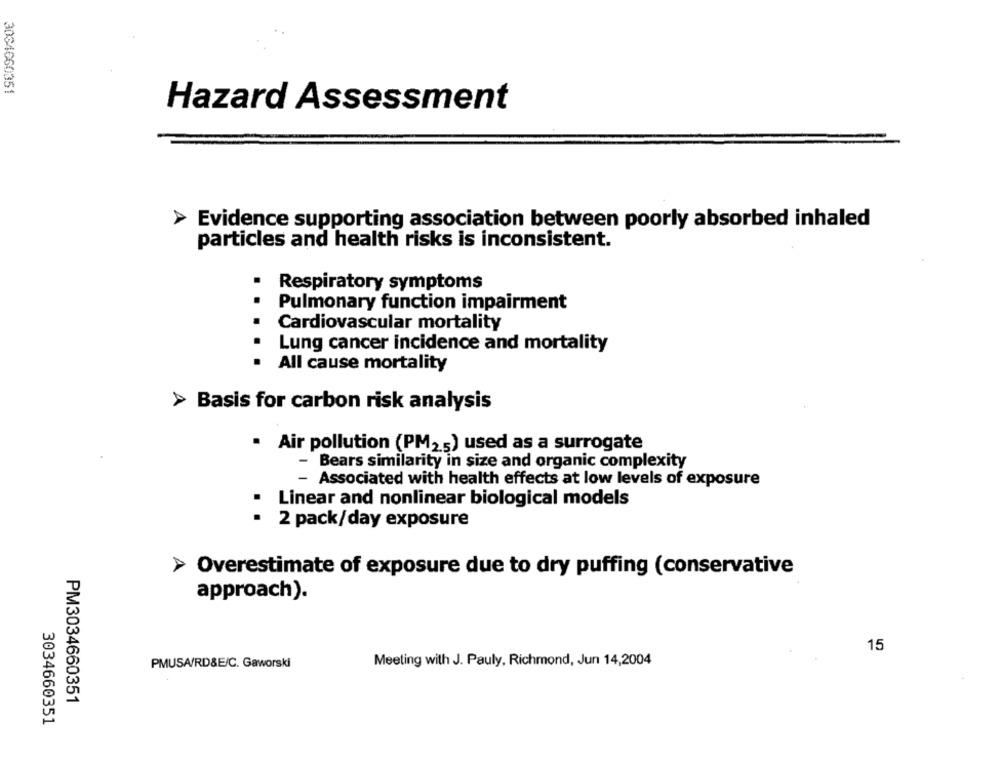
3034660351
Hazard Assessment
Evidence supporting association between poorly absorbed inhaled
particles and health risks is inconsistent.
.
Respiratory symptoms
Pulmonary function impairment
Cardiovascular mortality
Lung cancer incidence and mortality
. All cause mortality
> Basis for carbon risk analysis
· Air pollution (PM25) used as a surrogate
- Bears similarity in size and organic complexity
- Associated with health effects at low levels of exposure
.
Linear and nonlinear biological models
· 2 pack/day exposure
> Overestimate of exposure due to dry puffing (conservative
approach).
15
Meeting with J. Pauly, Richmond, Jun 14,2004
PMUSA/RD&E/C. Gaworski
PM3034660351
3034660351